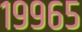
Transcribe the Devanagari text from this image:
१९९६५